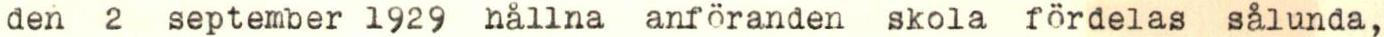
den 2 september 1929 hållna anföranden skola fördelas sålunda,